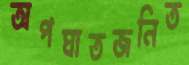
অপঘাতজনিত